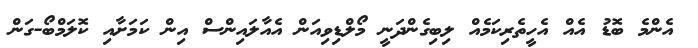
އެންމެ ބޮޑު އެއް އެހީތެރިކަމެއް ލިބިގެންދަނީ މޯލްޑިވިއަން އެއާލައިންސް އިން ކަމަށާއި ކޮލަމްބޯ-ގަން